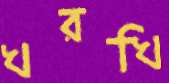
খরখি